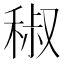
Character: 𥟧